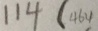
1 1 4 ( 4 6 4